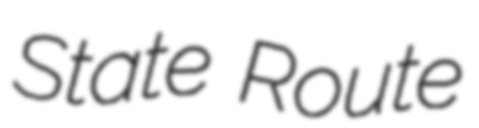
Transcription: State Route